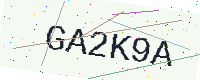
Text: GA2K9A